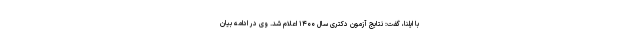
با ایلنا، گفت: نتایج آزمون دکتری سال ۱۴۰۰ اعلام شد. وی در ادامه بیان